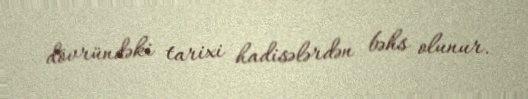
dövründəki tarixi hadisələrdən bəhs olunur.